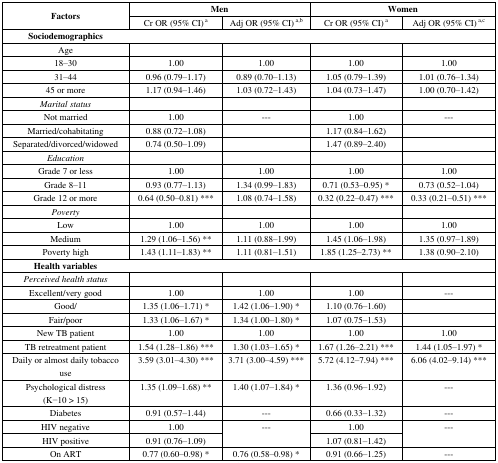
<table><thead><tr><td rowspan="2"><b>Factors</b></td><td colspan="2"><b>Men</b></td><td colspan="2"><b>Women</b></td></tr><tr><td><b>Cr OR (95% CI)<sup> a</sup></b></td><td><b>Adj OR (95% CI)<sup> a,b</sup></b></td><td><b>Cr OR (95% CI)<sup> a</sup></b></td><td><b>Adj OR (95% CI)<sup> a,c</sup></b></td></tr></thead><tbody><tr><td><b>Sociodemographics</b></td><td colspan="4"></td></tr><tr><td>Age</td><td></td><td></td><td></td><td></td></tr><tr><td>18–30</td><td>1.00</td><td>1.00</td><td>1.00</td><td>1.00</td></tr><tr><td>31–44</td><td>0.96 (0.79–1.17)</td><td>0.89 (0.70–1.13)</td><td>1.05 (0.79–1.39)</td><td>1.01 (0.76–1.34)</td></tr><tr><td>45 or more</td><td>1.17 (0.94–1.46)</td><td>1.03 (0.72–1.43)</td><td>1.04 (0.73–1.47)</td><td>1.00 (0.70–1.42)</td></tr><tr><td><i>Marital status</i></td><td></td><td></td><td></td><td></td></tr><tr><td>Not married</td><td>1.00</td><td>---</td><td>1.00</td><td>---</td></tr><tr><td>Married/cohabitating </td><td>0.88 (0.72–1.08)</td><td></td><td>1.17 (0.84–1.62)</td><td></td></tr><tr><td>Separated/divorced/widowed</td><td>0.74 (0.50–1.09)</td><td></td><td>1.47 (0.89–2.40)</td><td></td></tr><tr><td><i>Education</i></td><td></td><td></td><td></td><td></td></tr><tr><td>Grade 7 or less</td><td>1.00</td><td>1.00</td><td>1.00</td><td>1.00</td></tr><tr><td>Grade 8–11</td><td>0.93 (0.77–1.13)</td><td>1.34 (0.99–1.83)</td><td>0.71 (0.53–0.95) *</td><td>0.73 (0.52–1.04)</td></tr><tr><td>Grade 12 or more</td><td>0.64 (0.50–0.81) ***</td><td>1.08 (0.74–1.58)</td><td>0.32 (0.22–0.47) ***</td><td>0.33 (0.21–0.51) ***</td></tr><tr><td><i>Poverty </i></td><td colspan="4"></td></tr><tr><td>Low</td><td>1.00</td><td>1.00</td><td>1.00</td><td>1.00</td></tr><tr><td>Medium</td><td>1.29 (1.06–1.56) **</td><td>1.11 (0.88–1.99)</td><td>1.45 (1.06–1.98)</td><td>1.35 (0.97–1.89)</td></tr><tr><td>Poverty high</td><td>1.43 (1.11–1.83) **</td><td>1.11 (0.81–1.51)</td><td>1.85 (1.25–2.73) **</td><td>1.38 (0.90–2.10)</td></tr><tr><td><b>Health variables</b></td><td colspan="4"></td></tr><tr><td><i>Perceived health status </i></td><td></td><td></td><td></td><td></td></tr><tr><td>Excellent/very good</td><td>1.00</td><td>1.00</td><td>1.00</td><td>---</td></tr><tr><td>Good/</td><td>1.35 (1.06–1.71) *</td><td>1.42 (1.06–1.90) *</td><td>1.10 (0.76–1.60)</td><td></td></tr><tr><td>Fair/poor</td><td>1.33 (1.06–1.67) *</td><td>1.34 (1.00–1.80) *</td><td>1.07 (0.75–1.53)</td><td></td></tr><tr><td>New TB patient </td><td>1.00</td><td>1.00</td><td>1.00</td><td>1.00</td></tr><tr><td>TB retreatment patient</td><td>1.54 (1.28–1.86) ***</td><td>1.30 (1.03–1.65) *</td><td>1.67 (1.26–2.21) ***</td><td>1.44 (1.05–1.97) *</td></tr><tr><td>Daily or almost daily tobacco use</td><td>3.59 (3.01–4.30) ***</td><td>3.71 (3.00–4.59) ***</td><td>5.72 (4.12–7.94) ***</td><td>6.06 (4.02–9.14) ***</td></tr><tr><td>Psychological distress (K−10 &gt; 15)</td><td>1.35 (1.09–1.68) **</td><td>1.40 (1.07–1.84) *</td><td>1.36 (0.96–1.92)</td><td>---</td></tr><tr><td>Diabetes</td><td>0.91 (0.57–1.44)</td><td>---</td><td>0.66 (0.33–1.32)</td><td>---</td></tr><tr><td>HIV negative</td><td>1.00</td><td rowspan="2">---</td><td>1.00</td><td rowspan="2">---</td></tr><tr><td>HIV positive</td><td>0.91 (0.76–1.09)</td><td>1.07 (0.81–1.42)</td></tr><tr><td>On ART</td><td>0.77 (0.60–0.98) *</td><td>0.76 (0.58–0.98) *</td><td>0.91 (0.66–1.25)</td><td>---</td></tr></tbody></table>